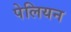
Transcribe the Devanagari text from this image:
पेलियन